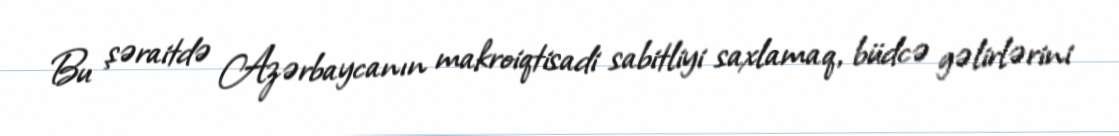
Bu şəraitdə Azərbaycanın makroiqtisadi sabitliyi saxlamaq, büdcə gəlirlərini